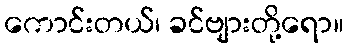
ကောင်းတယ်၊ ခင်ဗျားတို့ရော။